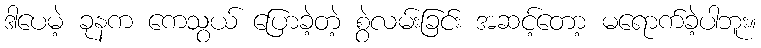
ဒါပေမဲ့ ခုနက ကေသွယ် ပြောခဲ့တဲ့ စွဲလမ်းခြင်း အဆင့်တော့ မရောက်ခဲ့ပါဘူး။